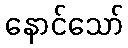
နောင်သော်